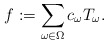
\begin{align*} f := \sum_{\omega \in \Omega} c_{\omega}T_{\omega}.\end{align*}